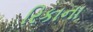
રિકાના